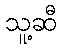
သူ့ဆီ